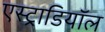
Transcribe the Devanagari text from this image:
एस्ट्राडियॉल